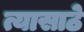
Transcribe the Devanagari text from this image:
त्यासाठे